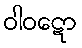
ဝါဝဋော